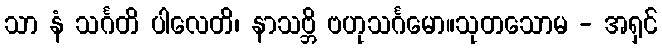
သာ နံ သင်္ဂတိ ပါလေတိ၊ နာသဗ္ဘိ ဗဟုသင်္ဂမော။သုတသောမ - အရှင်